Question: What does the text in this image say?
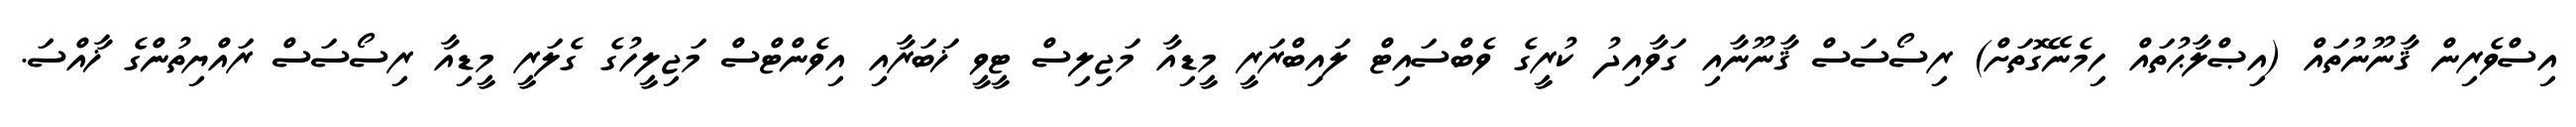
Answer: އިސްވެރިން ޤާނޫނުތައް (އިޞްލާޙުތައް ހިމެނޭގޮތަށް) ރިސޯސަސް ޤާނޫނާއި ގަވާއިދު ކުރީގެ ވެބްސައިޓް ލައިބްރަރީ މީޑިއާ މަޖިލިސް ޓީވީ ޚަބަރާއި އިވެންޓްސް މަޖިލީހުގެ ގެލަރީ މީޑިއާ ރިސޯސަސް ރައްޔިތުންގެ ޚާއްސަ.